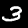
Label: 3